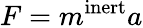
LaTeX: F=m^{\mathrm{inert}}a